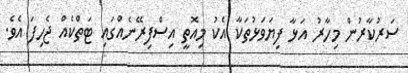
ސަރުކާރުން މިހާރު އަޅާ ފިޔަވަޅުތަކާ އެކު މިއޮތީ އިސްފިރޭނެއްގައި ޓަތްކެއް ޖެހިފަ އެވެ.